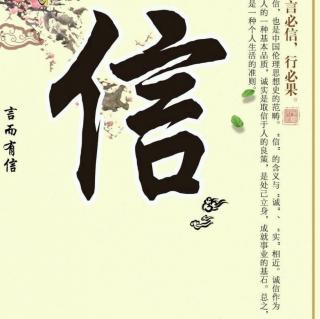
其言必信，其行必果，已诺必诚